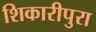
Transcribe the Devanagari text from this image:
शिकारीपुरा